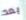
بعد